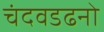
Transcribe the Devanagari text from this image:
चंदवडढनो